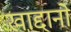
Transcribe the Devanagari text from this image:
खाद्दानो